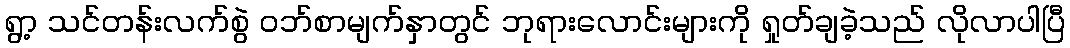
ရွာ့ သင်တန်းလက်စွဲ ဝဘ်စာမျက်နှာတွင် ဘုရားလောင်းများကို ရှုတ်ချခဲ့သည် လိုလာပါပြီ